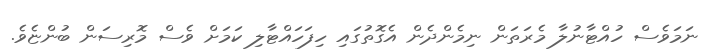
ނަމަވެސް ހުއްޓާނުލާ މެރަތަން ނިމެންދެން އެގޮތުގައި ހިފަހައްޓާލި ކަމަށް ވެސް މޮރިސަން ބުންޏެވެ.